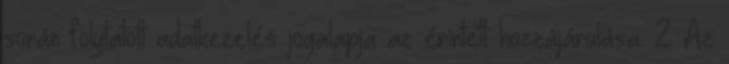
során folytatott adatkezelés jogalapja az érintett hozzájárulása. 2 Az